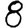
Digit: 8